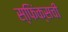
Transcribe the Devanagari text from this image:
स्फिंक्सची